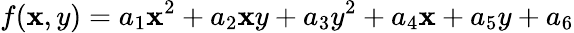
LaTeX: f(\mathbf{x},y)=a_{1}\mathbf{x}^{2}+a_{2}\mathbf{x}y+a_{3}y^{2}+a_{4}\mathbf{x}+a_{5}y+a_{6}